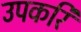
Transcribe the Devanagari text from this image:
उपकरि